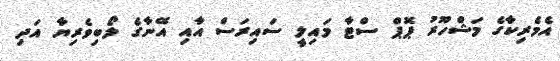
އެމެރިކާގެ މަޝްހޫރު ޕޮޕް ސްޓާ މައިލީ ސައިރަސް އާއި އޭނާގެ ލޯބިވެރިޔާ އަދި